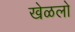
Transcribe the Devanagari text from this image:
खेळलो